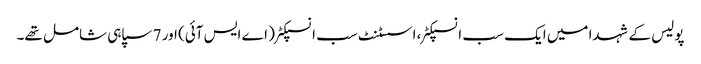
پولیس کے شہدا میں ایک سب انسپکٹر، اسسٹنٹ سب انسپکٹر ( اے ایس آئی) اور 7 سپاہی شامل تھے۔